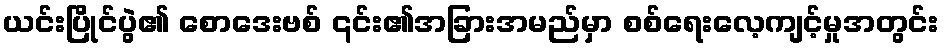
ယင်းပြိုင်ပွဲ၏ စောဒေးဗစ် ၎င်း၏အခြားအမည်မှာ စစ်ရေးလေ့ကျင့်မှုအတွင်း